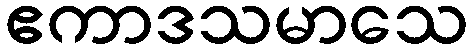
ဧကာဒသမာသေ